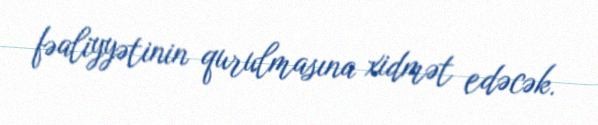
fəaliyyətinin qurulmasına xidmət edəcək.